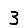
Digit: 3